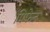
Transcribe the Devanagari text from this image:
मिफेट